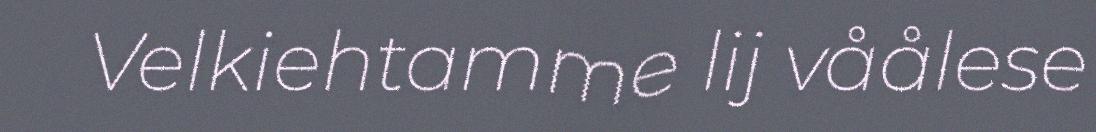
Velkiehtamme lij våålese